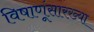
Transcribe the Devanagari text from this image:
विषाणूंसारख्या